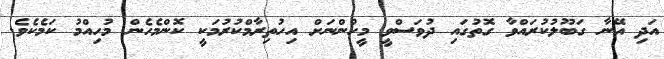
އަދި އޭނާ ގަބޫލުކުރައްވާ ގޮތުގައި ދުވަސްވީ މީހުންނަށް އިހުތިރާމްކުރުމަކީ ކޮންމެހެން މުހިއްމު ކަމެކެވެ.